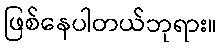
ဖြစ်နေပါတယ်ဘုရား။